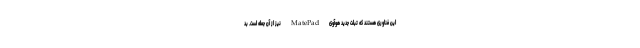
این فناوری هستند که تبلت جدید هوآوی MatePad نیز از آن جمله است. بد